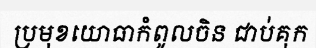
ប្រមុខយោធាកំពូលចិន ជាប់គុក